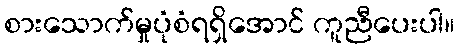
စားသောက်မှုပုံစံရရှိအောင် ကူညီပေးပါ။